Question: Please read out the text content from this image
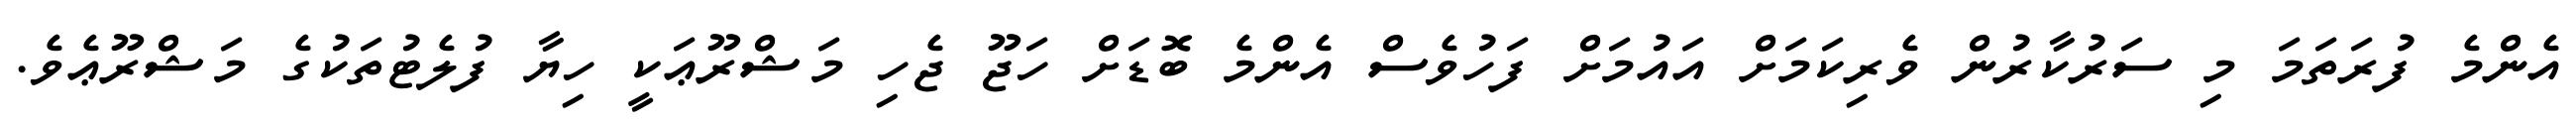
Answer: އެންމެ ފުރަތަމަ މި ސަރުކާރުން ވެރިކަމަށް އައުމަށް ފަހުވެސް އެންމެ ބޮޑަށް ހަޖޫ ޖެހި މަޝްރޫޢަކީ ހިޔާ ފުލެޓުތަކުގެ މަޝްރޫޢެވެ.